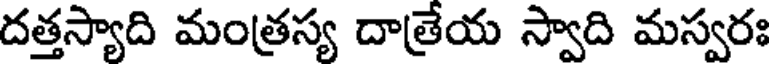
దత్తస్యాది మంత్రస్య దాత్రేయ స్వాది మస్వరః